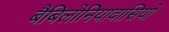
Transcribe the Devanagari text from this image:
बैबिलोनियावासियों